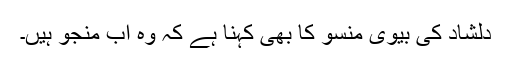
دلشاد کی بیوی منسو کا بھی کہنا ہے کہ وہ اب منجو ہیں۔